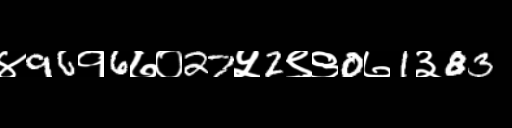
Text: ४96१6७०27५2९९0७1३83